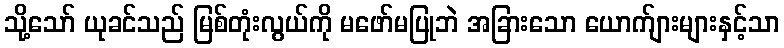
သို့သော် ယုခင်သည် မြစ်တုံးလွယ်ကို မဖော်မပြုဘဲ အခြားသော ယောက်ျားများနှင့်သာ